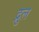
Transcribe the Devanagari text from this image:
द्रुल